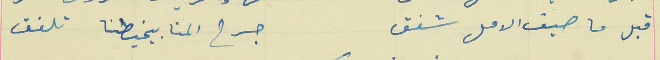
قبل ما صيف الامل شفق                                             جرح المنا بيخيطنا تلفق